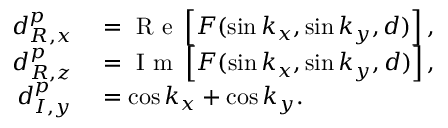
\begin{array} { r l } { d _ { R , x } ^ { p } } & { { } = \mathrm { ~ R ~ e ~ } \left[ F ( \sin k _ { x } , \sin k _ { y } , d ) \right] , } \\ { d _ { R , z } ^ { p } } & { { } = \mathrm { ~ I ~ m ~ } \left[ F ( \sin k _ { x } , \sin k _ { y } , d ) \right] , } \\ { d _ { I , y } ^ { p } } & { { } = \cos k _ { x } + \cos k _ { y } . } \end{array}